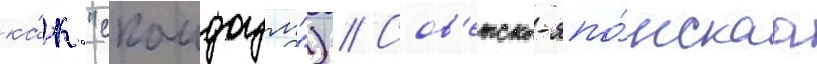
ка́к "скаидоум") // Сов'етско-япо́нскаа